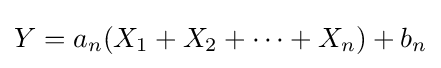
Y=a_{n}(X_{1}+X_{2}+\cdots +X_{n})+b_{n}